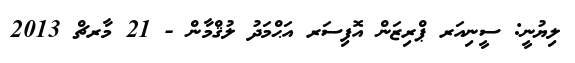
ލިޔުނީ: ސީނިއަރ ޕްރިޒަން އޮފިސަރ އަޙްމަދު ލުޤްމާން - 21 މާރޗް 2013